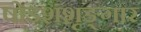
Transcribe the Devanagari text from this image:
षोडशशृङ्गार